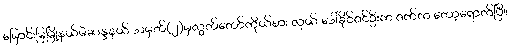
မြောင်းမြမြို့နယ်မဲဆန္ဒနယ် အမှတ်(၂)မှလွှတ်တော်ကိုယ်စား လှယ် ဒေါ်ခိုင်ဇင်ဦးက ဇက်က တော့ရောက်ပြီ။